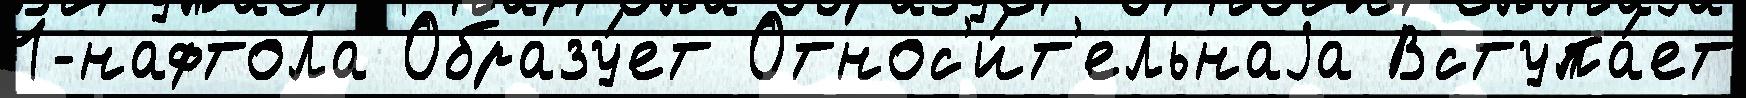
1-нафтола Образу́ет Относ'и́т'ельнаjа Вступа́ет